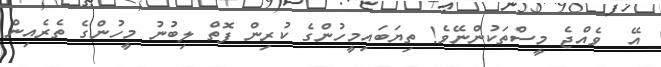
އޭ  ވެއްޖެ މީސްތަކުންނޭވެ! ތިޔަބައިމީހުންގެ ކުރިން ފޮތް ލިބުނު މީހުންގެ ތެރެއިން